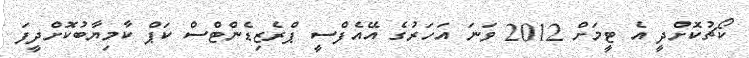
ކޯޗުކޮށްދީ އެ ޓީމަށް 2012 ވަނަ އަހަރުގެ އޭއެފްސީ ޕްރެޒިޑެންޓްސް ކަޕް ކާމިޔާބުކޮށްދީފަ